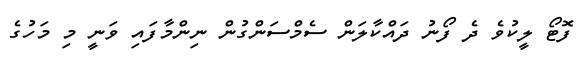
ފޮޓޯ ލީކުވެ ދެ ފޯނު ދައްކާލަން ސެމްސަންގުން ނިންމާފައި ވަނީ މި މަހުގެ